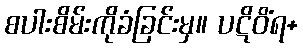
စပါးစိမ်းကိုခံခြင်းမှ။ ပဋိဝိံရ+